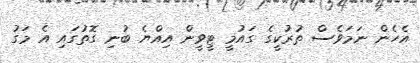
އެހެން ނަމަަވެސް ތުރުކީގެ ގައުމީ ޓީވީން އިއްޔެ ބުނި ގޮތުގައި އެ މަގު